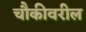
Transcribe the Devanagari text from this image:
चौकीवरील